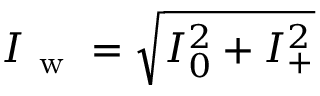
I _ { \mathrm { ~ w ~ } } = \sqrt { I _ { 0 } ^ { 2 } + I _ { + } ^ { 2 } }